Vaccination in Bombay 1889-1901 - 1889-1901
Year: 1889
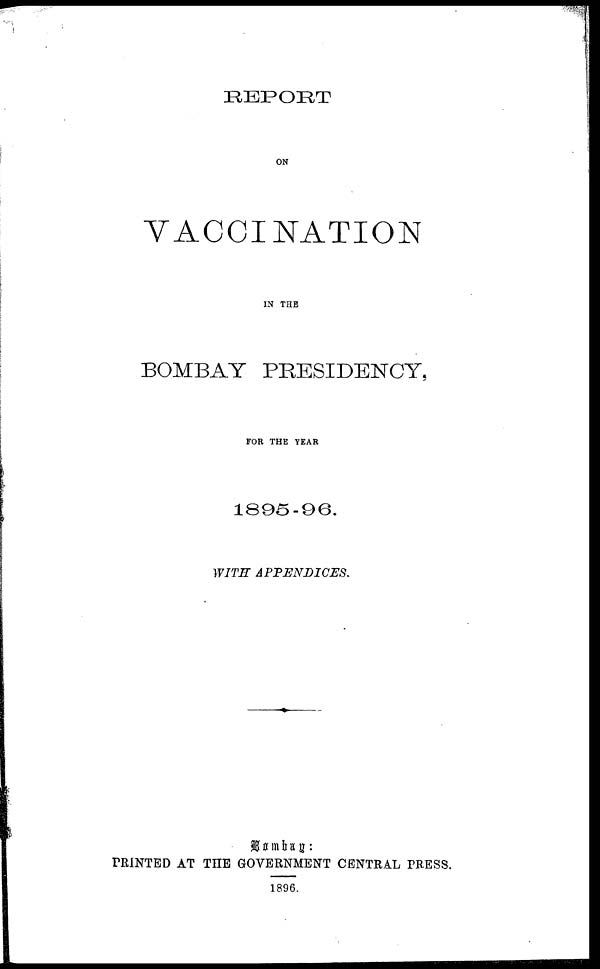
REPORT
ON
VACCINATION
IN THE
BOMBAY PRESIDENCY,
FOR THE YEAR
1895-96.
WITH
APPENDICES.
Bombay :
PRINTED AT THE GOVERNMENT CENTRAL PRESS.
1896.